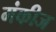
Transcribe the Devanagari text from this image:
मंकीज